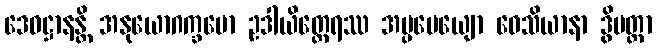
ဒေဝဋ္ဌာနန္တိ အနုယောဂက္ခမော ဥဒါယိတ္ထေရဿ အပ္ပမေယျော ဝေသိယာနာ ဒွိမတ္တာ